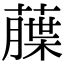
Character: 𦼶